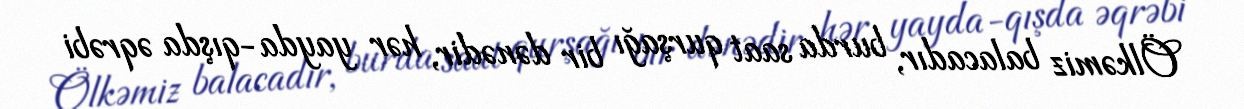
Ölkəmiz balacadır, burda saat qurşağı bir dənədir, hər yayda-qışda əqrəbi